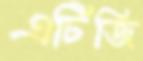
এটিজি